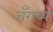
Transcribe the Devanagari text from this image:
चँगच्या